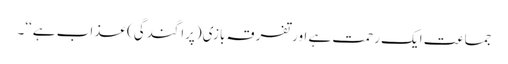
جماعت ایک رحمت ہے اور تفرقہ بازی(پراگندگی) عذاب ہے‘‘۔